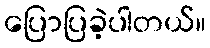
ပြောပြခဲ့ပါတယ်။